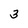
Character: 3